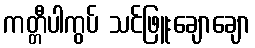
ကတ္တီပါကွပ် သင်ဖြူးချောချော